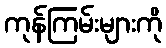
ကုန်ကြမ်းများကို